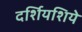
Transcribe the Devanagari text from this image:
दर्शियशिये